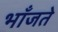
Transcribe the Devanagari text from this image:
भाँजते